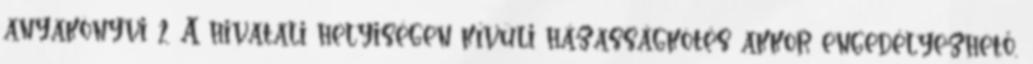
anyakönyvi 2 A hivatali helyiségen kívüli házasságkötés akkor engedélyezhető,